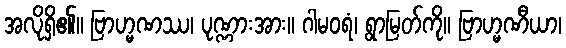
အလိုရှိ၏။ ဗြာဟ္မဏဿ၊ ပုဏ္ဏားအား။ ဂါမဝရံ၊ ရွာမြတ်ကို။ ဗြာဟ္မဏီယာ၊